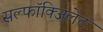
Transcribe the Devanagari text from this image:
सल्फॉक्जिलेट